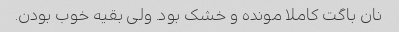
نان باگت کاملا مونده و خشک بود. ولی بقیه خوب بودن.